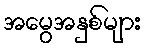
အမွေအနှစ်များ